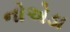
નોએડા